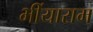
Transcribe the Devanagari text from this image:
भींयाराम